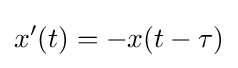
x'(t)=-x(t-\tau )